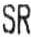
SR